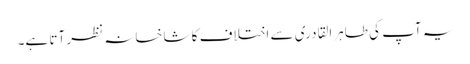
یہ آپ کی طاہرالقادری سے اختلاف کا شاخسانہ نظر آتا ہے۔